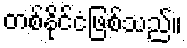
တစ်နိုင်ငံဖြစ်သည်။